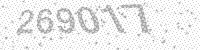
Solution: 269017